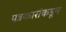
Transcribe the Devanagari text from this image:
पत्रकारांकडून